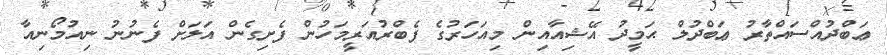
ޢަބްދުއްސައްތާރު ޢަބްދުލް ޙަމީދު އޭޝިއާއިން މިއަހަރުގެ ފެބްރުއަރީމަހުން ފެށިގެން އަލަށް ފެނުނު ނިއުމޯނިއާ